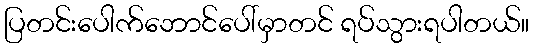
ပြတင်းပေါက်ဘောင်ပေါ်မှာတင် ရပ်သွားရပါတယ်။